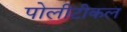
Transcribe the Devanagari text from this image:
पोलीटीकल